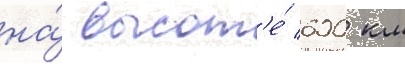
на́ высот'е́ 600 км